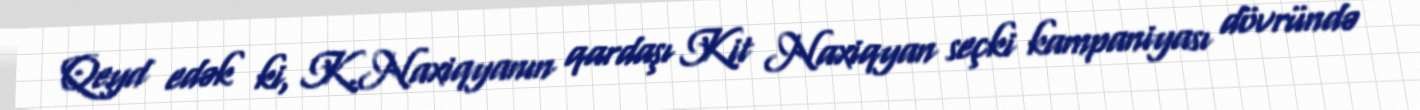
Qeyd edək ki, K.Naxiqyanın qardaşı Kit Naxiqyan seçki kampaniyası dövründə